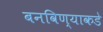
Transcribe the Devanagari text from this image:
बनविण्याकडे